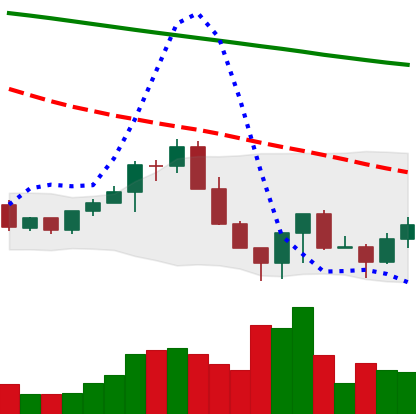
Ticker: LINK-USD
Chart end date: 2022-06-20
Forward return: 3.833%
Label: up_3_5